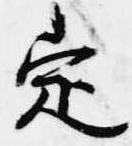
定